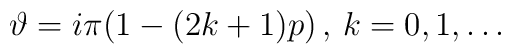
\vartheta =i\pi (1-(2k+1)p)\, ,\, k=0,1,\ldots